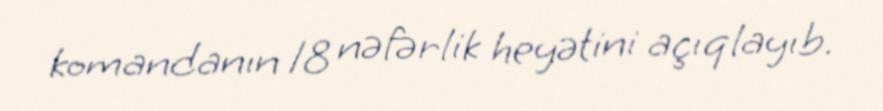
komandanın 18 nəfərlik heyətini açıqlayıb.